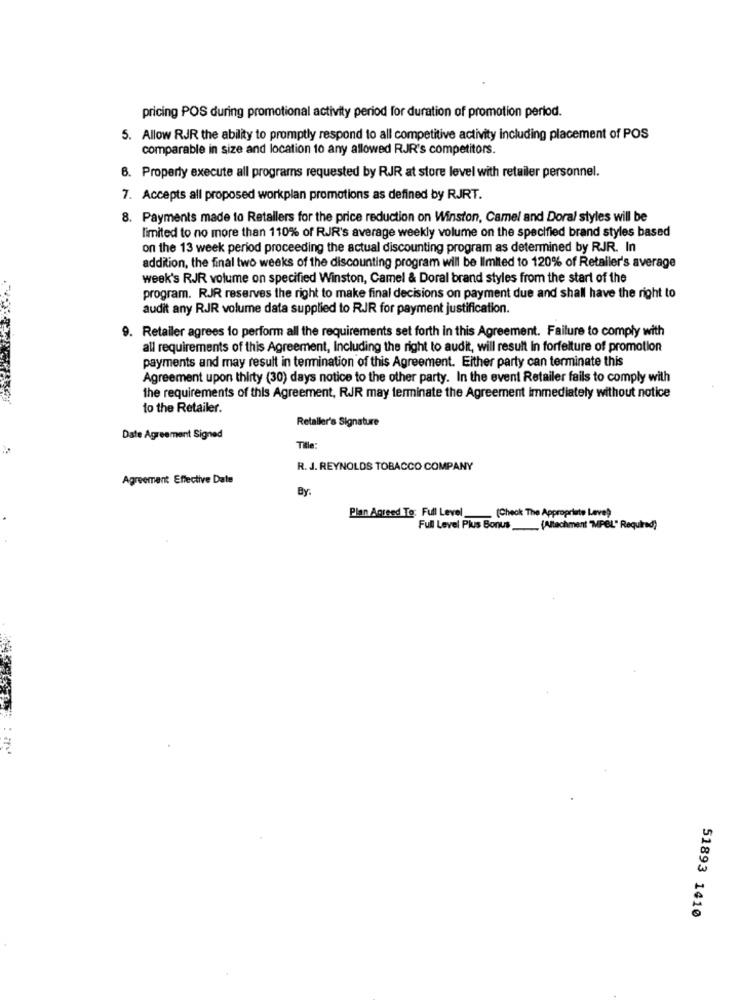
pricing POS during promotional activity period for duration of promotion period.
5. Allow RJR the ability to promptly respond to all competitive activity including placement of POS
comparable in size and location to any allowed RJR's competitors.
6. Property execute all programs requested by RJR at store level with retailer personnel.
7. Accepts all proposed workplan promotions as defined by RJRT.
8. Payments made to Retallers for the price reduction on Winston, Camel and Dora/ styles will be
limited to no more than 110% of RJR's average weekly volume on the specified brand styles based
on the 13 week period proceeding the actual discounting program as determined by RJR. In
addition, the final two weeks of the discounting program will be limited to 120% of Retailer's average
week's RJR volume on specified Winston, Camel & Doral brand styles from the start of the
program. RJR reserves the right to make final decisions on payment due and shall have the right to
audit any RJR volume data supplied to RJR for payment justification.
9. Retailer agrees to perform all the requirements set forth In this Agreement. Failure to comply with
all requirements of this Agreement, Including the right to audit, will result In forfelture of promotion
payments and may result in termination of this Agreement. Either party can terminate this
Agreement upon thirty (30) days notice to the other party. In the event Retailer fails to comply with
the requirements of this Agreement, RJR may terminate the Agreement immediately without notice
to the Retailer.
Retailer's Signature
Date Agreement Signed
Title:
R. J. REYNOLDS TOBACCO COMPANY
Agreement Effective Date
By.
Plan Agreed To: Full Level
(Check The Appropriate Leve)
Full Level Plus Bonus _(Alachment "MPEL" Required)
51893 1410